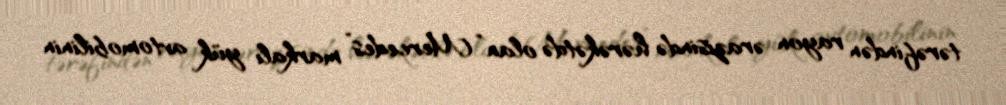
tərəfindən rayon ərazisində hərəkətdə olan “Mercedes” markalı yük avtomobilinin